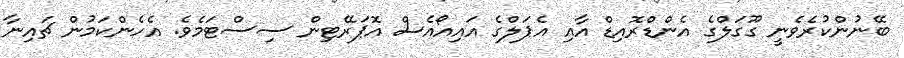
ބޭނުންކުރެވެނީ ގޫގަލްގެ އެންޑްރޮއިޑް އާއި އެޕަލްގެ އައިއޯއެސް އޮޕަރޭޓިން ސިސްޓަމެވެ. އެހެންކަމުން ޗައިނާ